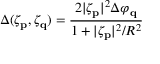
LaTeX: \Delta ( \zeta _ { \bf p } , \zeta _ { \bf q } ) = \frac { 2 | \zeta _ { \bf p } | ^ { 2 } \Delta \varphi _ { \bf q } } { 1 + | \zeta _ { \bf p } | ^ { 2 } / R ^ { 2 } }